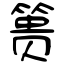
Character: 篑